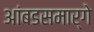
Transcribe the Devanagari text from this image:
आंबडसमार्गे